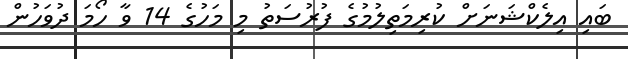
ބައި އިލެކްޝަނަށް ކުރިމަތިލުމުގެ ފުރުސަތު މި މަހުގެ 14 ވާ ހޯމަ ދުވަހުން